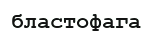
бластофага